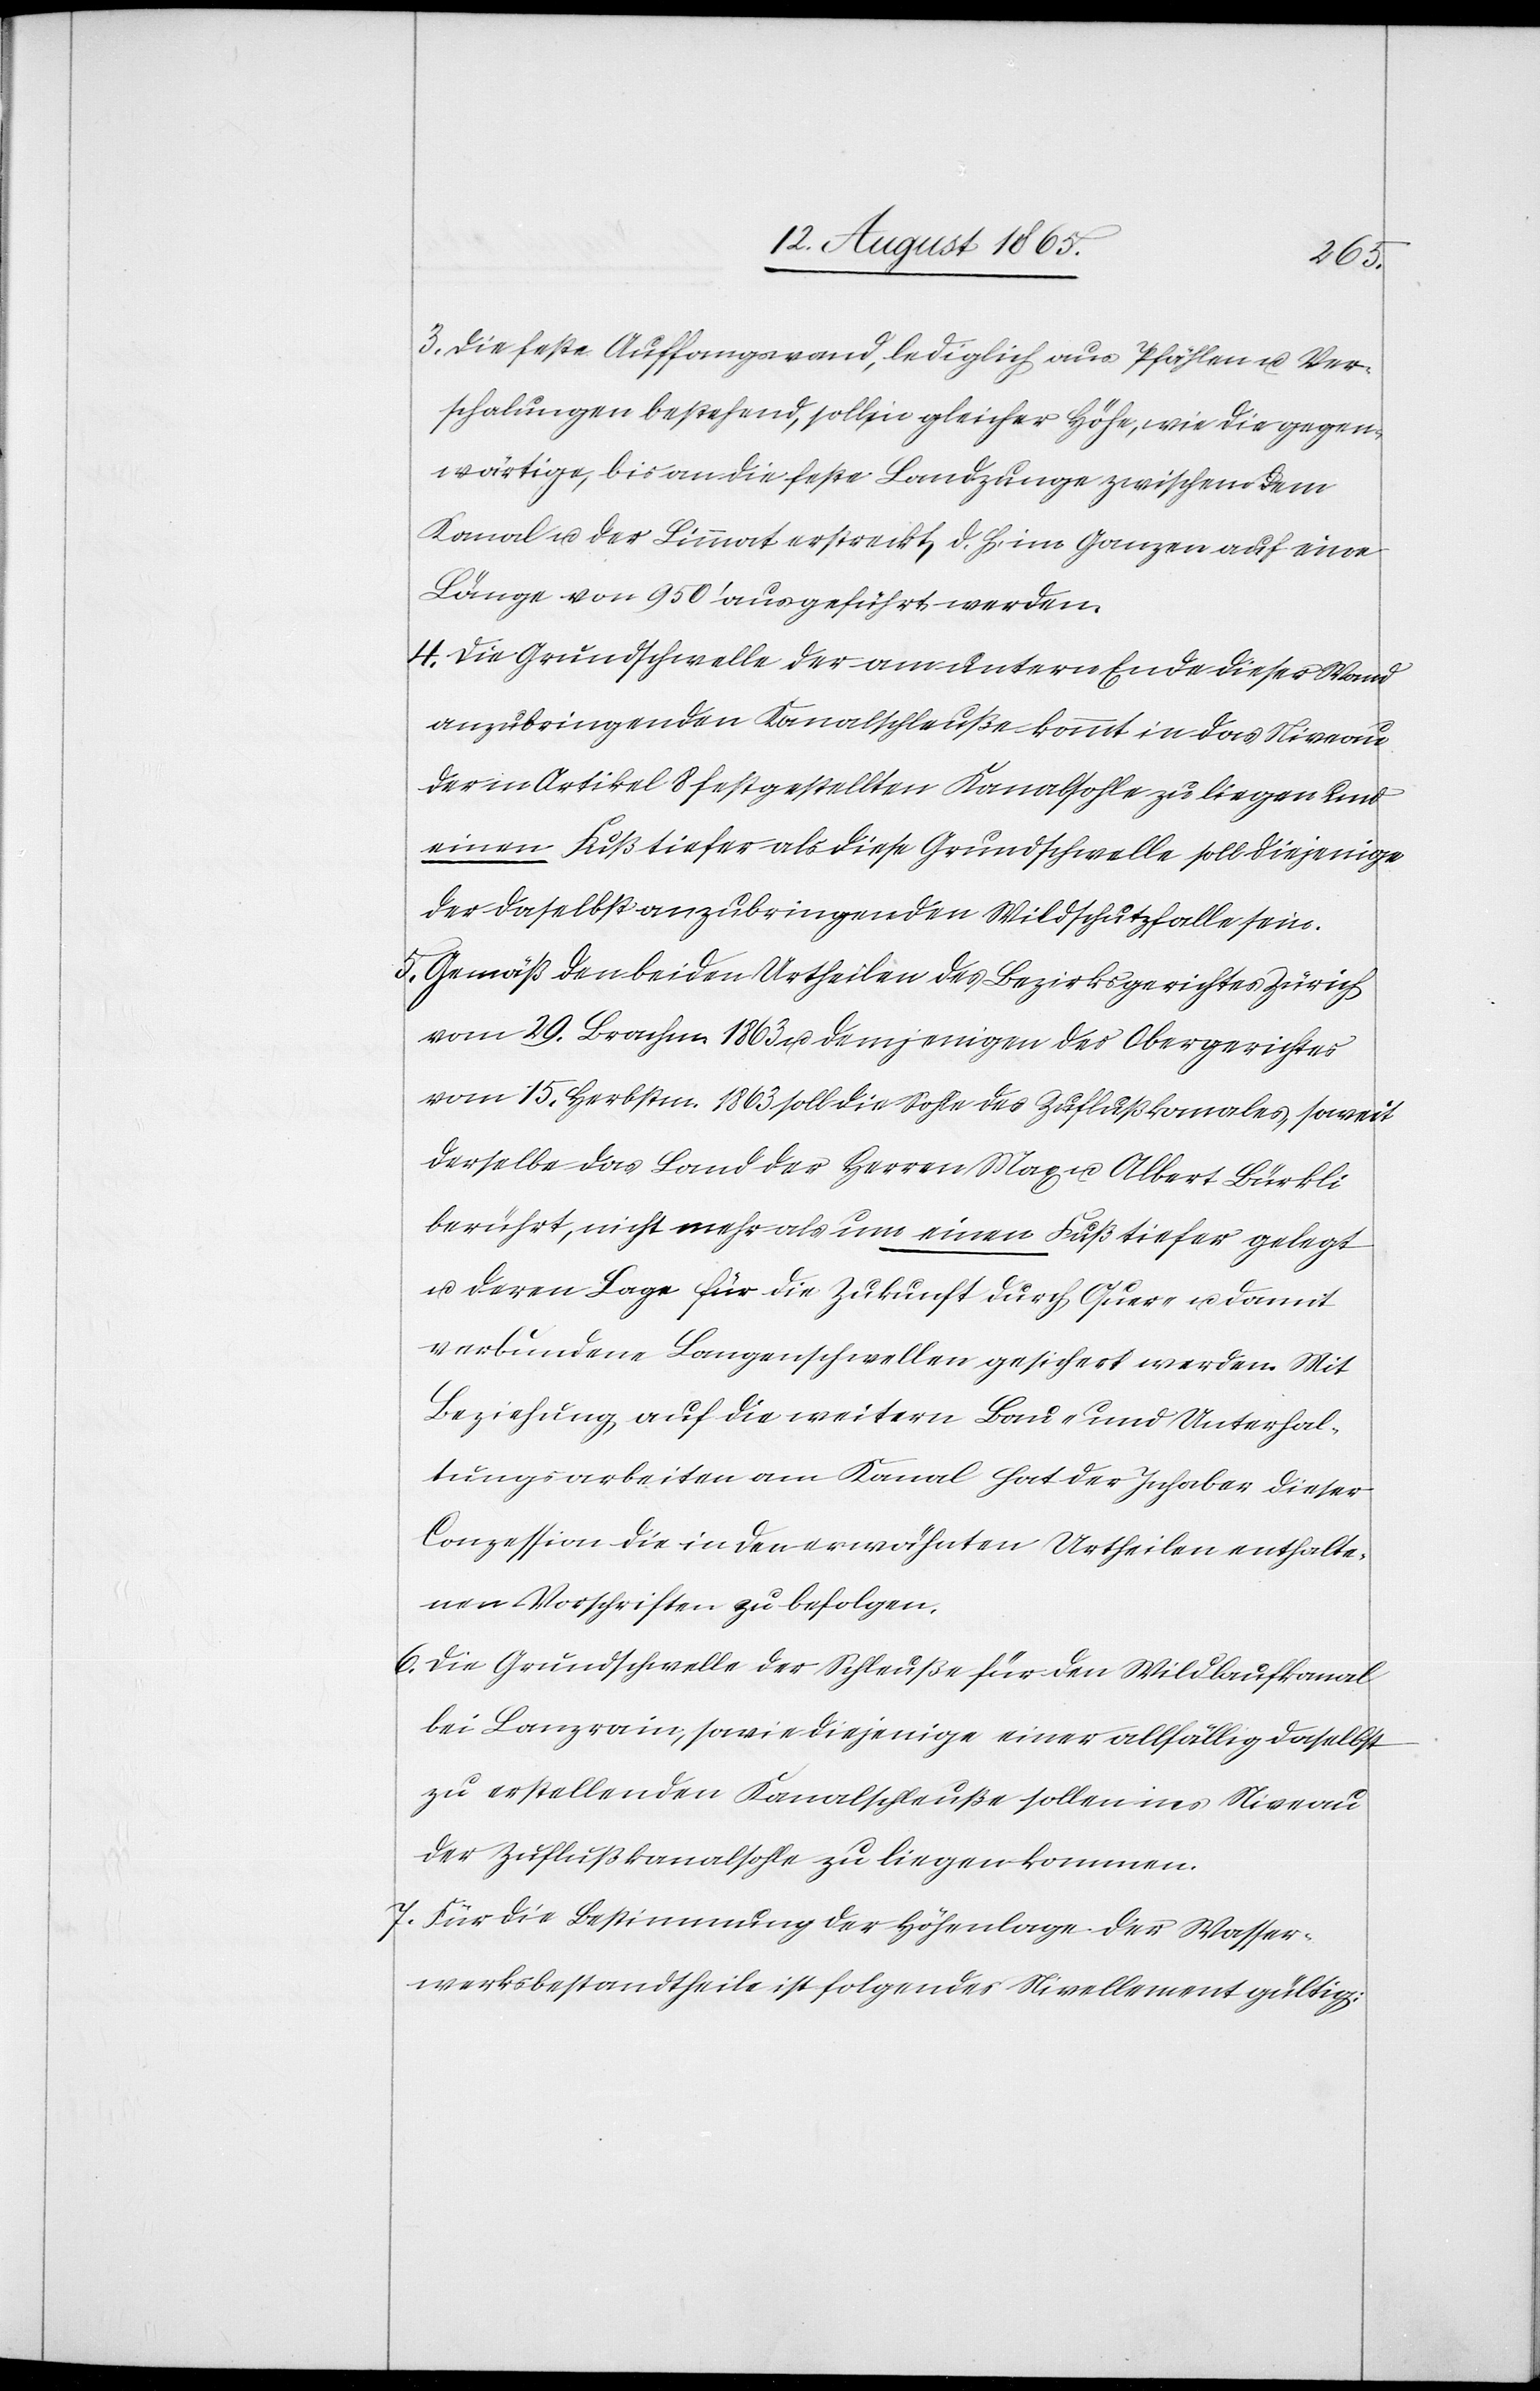
3. Die feste Auffangswand, lediglich aus Pfählen u. Ver¬
schalungen bestehend, soll, in gleicher Höhe, wie die gegen¬
wärtige, bis an die feste Landzunge zwischen dem
Kanal u. der Limmat erstreckt, d. h. im Ganzen auf eine
Länge von 950’ ausgeführt werden.
4. Die Grundschwelle der am untern Ende dieser Wand
anzubringenden Kanalschleuße kommt in das Niveau
der in Artikel 8 festgestellten Kanalsohle zu liegen und
einen Fuß tiefer als diese Grundschwelle soll diejenige
der daselbst anzubringenden Wildschutzfalle sein.
5. Gemäß den beiden Urtheilen des Bezirksgerichtes Zürich
vom 29. Brachm. 1863 u. demjenigen des Obergerichtes
vom 15. Herbstm. 1863 soll die Sohle des Zuflußkanales, soweit
derselbe das Land der Herren Max u. Albert Bürkli
berührt, nicht mehr als um einen Fuß tiefer gelegt
u. deren Lage für die Zukunft durch Quer- u. damit
verbundene Langenschwellen gesichert werden. Mit
Beziehung auf die weitern Bau- und Unterhal¬
tungsarbeiten am Kanal hat der Inhaber dieser
Conzession die in den erwähnten Urtheilen enthalte¬
nen Vorschriften zu befolgen.
6. Die Grundschwelle der Schleuße für den Wildlaufkanal
bei Lanzrain, sowie diejenige einer allfällig daselbst
zu erstellenden Kanalschleuße sollen ins Niveau
der Zuflußkanalsohle zu liegen kommen.
7. Für die Bestimmung der Höhenlage der Wasser¬
werksbestandtheile ist folgendes Nivellement gültig: